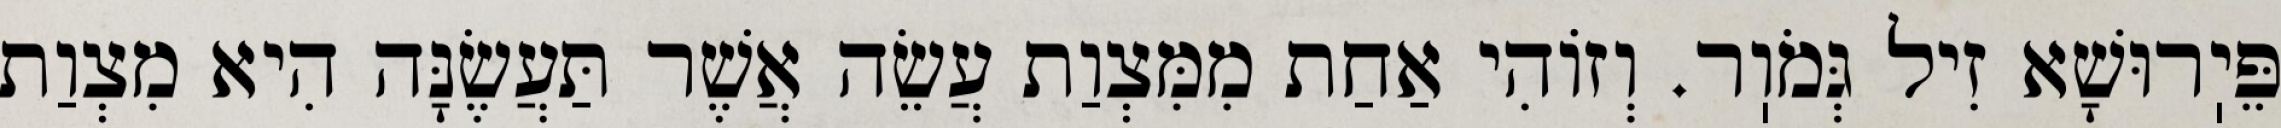
פֵּיֽרוּשָׁא זִיל גְּמֹוֽר. וְזוֹהִי אַחַת מִמִּצְוַת עֲשֵׂה אֲשֶׁר תַּעֲשֶׂנָּה הִיא מִצְוַת